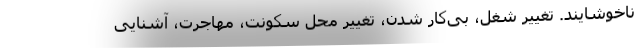
ناخوشایند. تغییر شغل، بی‌کار شدن، تغییر محل سکونت، مهاجرت، آشنایی